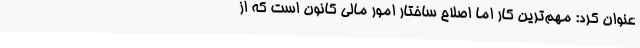
عنوان کرد: مهم‌ترین کار اما اصلاح ساختار امور مالی کانون است که از